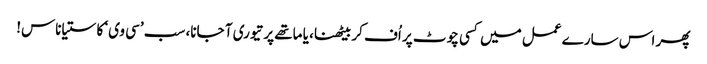
پھر اس سارے عمل میں کسی چوٹ پر اُف کر بیٹھنا، یا ماتھے پر تیوری آ جانا، سب ’سی وی‘ کا ستیاناس!